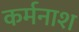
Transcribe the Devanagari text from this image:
कर्मनाश